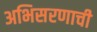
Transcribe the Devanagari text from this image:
अभिसरणाची